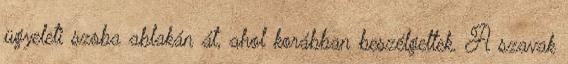
ügyeleti szoba ablakán át, ahol korábban beszélgettek. A szavak